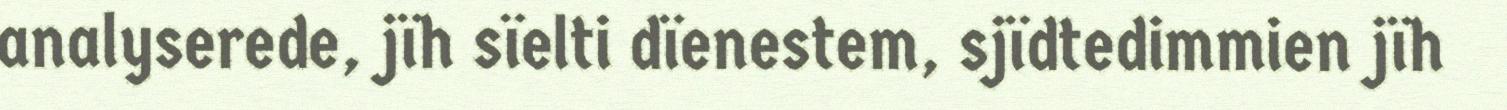
analyserede, jïh sïelti dïenestem, sjïdtedimmien jïh